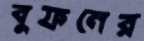
বুফনের